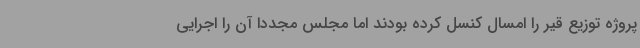
پروژه توزیع قیر را امسال کنسل کرده بودند اما مجلس مجددا آن را اجرایی